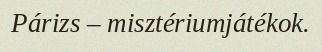
Párizs – misztériumjátékok.